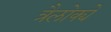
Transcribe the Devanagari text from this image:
त्रैलोक्ये